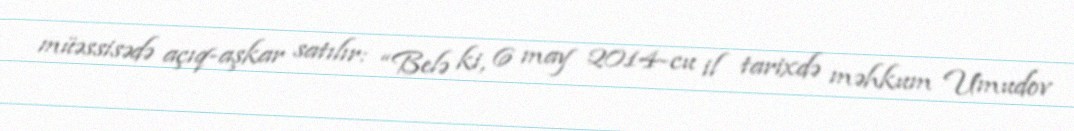
müəssisədə açıq-aşkar satılır: “Belə ki, 6 may 2014-cu il tarixdə məhkum Umudov